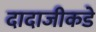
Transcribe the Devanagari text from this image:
दादाजीकडे